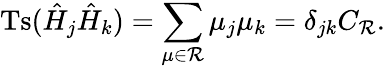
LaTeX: \mathrm{Ts}(\hat{H}_{j}\hat{H}_{k})=\sum_{\mu\in{\cal R}}\mu_{j}\mu_{k}=\delta_{jk}C_{\cal R}.